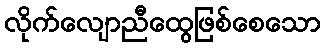
လိုက်လျောညီထွေဖြစ်စေသော